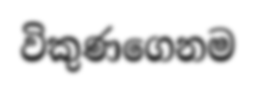
විකුණගෙනම